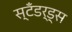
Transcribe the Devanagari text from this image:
स्टॅंडर्ड्स